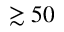
\gtrsim 5 0